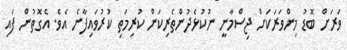
ވަރަށް ބޮޑު މިންވަރަކަށް ޖިސްމާނީ ނުކުޅެދުންތެރިކަން ކުރިމަތި ކުރުވައިފާނެ އެވެ. އެގޮތުން ފައި